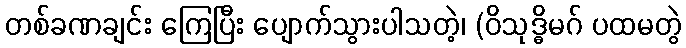
တစ်ခဏချင်း ကြေပြီး ပျောက်သွားပါသတဲ့၊ (ဝိသုဒ္ဓိမဂ် ပထမတွဲ